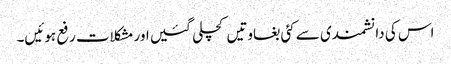
اس کی دانشمندی سے کئی بغاوتیں کچلی گئیں اور مشکلات رفع ہوئیں۔